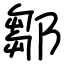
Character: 鄒